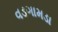
વડગામડા